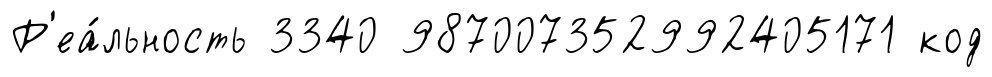
Р'еа́льность 3340 987007352992405171 код